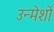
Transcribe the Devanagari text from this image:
उन्मेशों